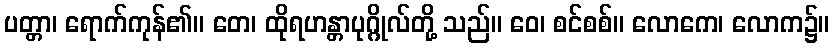
ပတ္တာ၊ ရောက်ကုန်၏။ တေ၊ ထိုရဟန္တာပုဂ္ဂိုလ်တို့ သည်။ ဝေ၊ စင်စစ်။ လောကေ၊ လောက၌။